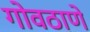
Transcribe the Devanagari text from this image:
गोवठाणे